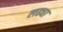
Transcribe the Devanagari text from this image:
लढ्या